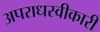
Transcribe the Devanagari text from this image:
अपराधस्वीकारी